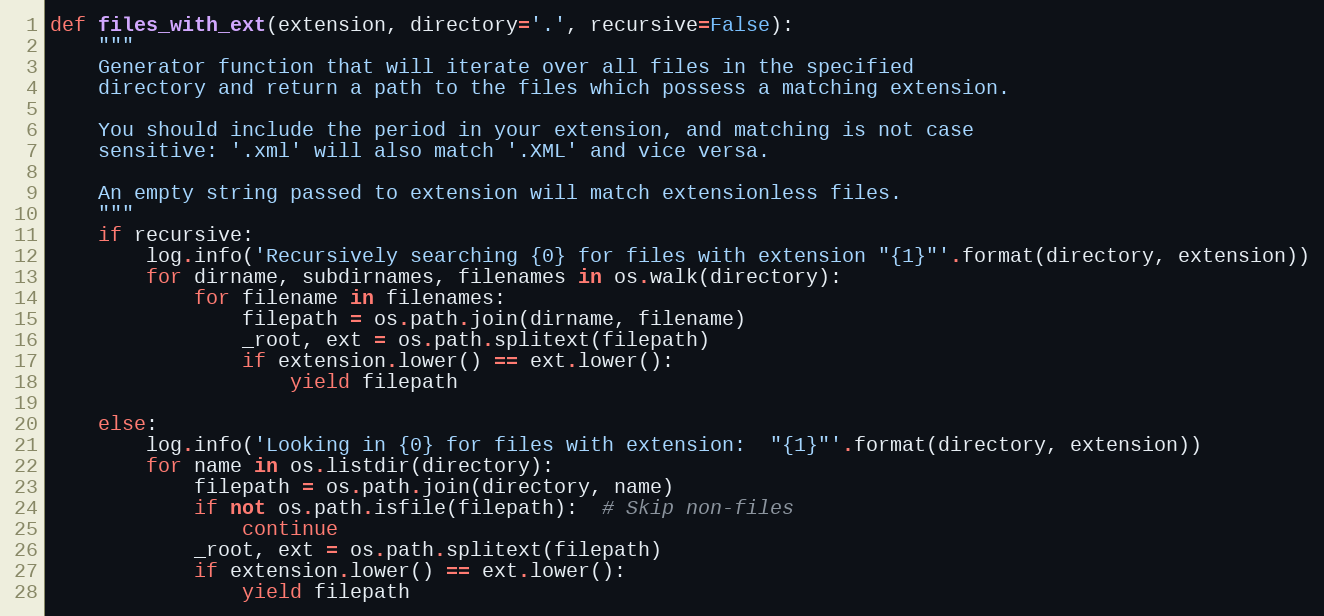
Language: Python
def files_with_ext(extension, directory='.', recursive=False):
    """
    Generator function that will iterate over all files in the specified
    directory and return a path to the files which possess a matching extension.

    You should include the period in your extension, and matching is not case
    sensitive: '.xml' will also match '.XML' and vice versa.

    An empty string passed to extension will match extensionless files.
    """
    if recursive:
        log.info('Recursively searching {0} for files with extension "{1}"'.format(directory, extension))
        for dirname, subdirnames, filenames in os.walk(directory):
            for filename in filenames:
                filepath = os.path.join(dirname, filename)
                _root, ext = os.path.splitext(filepath)
                if extension.lower() == ext.lower():
                    yield filepath

    else:
        log.info('Looking in {0} for files with extension:  "{1}"'.format(directory, extension))
        for name in os.listdir(directory):
            filepath = os.path.join(directory, name)
            if not os.path.isfile(filepath):  # Skip non-files
                continue
            _root, ext = os.path.splitext(filepath)
            if extension.lower() == ext.lower():
                yield filepath